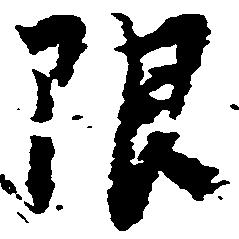
限